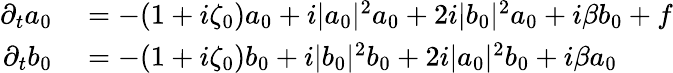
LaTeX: \begin{array}{rl}{\partial_{t}a_{0}}&{{}=-(1+i\zeta_{0})a_{0}+i|a_{0}|^{2}a_{0}+2i|b_{0}|^{2}a_{0}+i\beta b_{0}+f}\\ {\partial_{t}b_{0}}&{{}=-(1+i\zeta_{0})b_{0}+i|b_{0}|^{2}b_{0}+2i|a_{0}|^{2}b_{0}+i\beta a_{0}}\end{array}